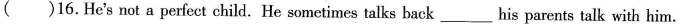
( )16.He's not a perfect child. He sometimes talks back his parents talk with him.